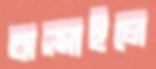
ঝল্‌সাইলে